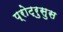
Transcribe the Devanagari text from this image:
प्रोट्रुसुस